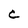
Character: C